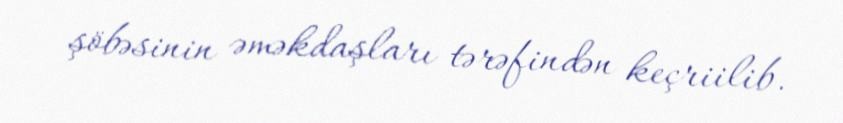
şöbəsinin əməkdaşları tərəfindən keçriilib.